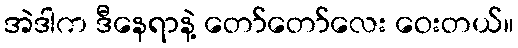
အဲဒါက ဒီနေရာနဲ့ တော်တော်လေး ဝေးတယ်။